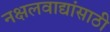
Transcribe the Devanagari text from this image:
नक्षलवाद्यांसाठी